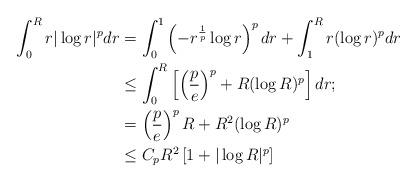
LaTeX: \begin{align*}\int_{0}^{R}r|\log r|^{p}dr&=\int_{0}^{1}\left(-r^{\frac{1}{p}}\log r\right)^{p}dr+\int_{1}^{R}r(\log r)^{p}dr\\&\leq \int_{0}^{R}\left[\left(\frac{p}{e}\right)^{p}+R(\log R)^{p}\right]dr;\\&= \left(\frac{p}{e}\right)^{p}R+R^{2}(\log R)^{p}\\&\leq C_{p}R^{2}\left[1+|\log R|^{p}\right]\end{align*}